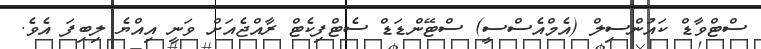
ސްޓްވާޑް ކައުންސިލް (އެމްއެސްސީ) ސްޓޭންޑަޑް ސެޓްފިކެޓް ރާއްޖެއަށް ވަނީ އިއްޔެ ލިބިފަ އެވެ.